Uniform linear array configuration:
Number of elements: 24
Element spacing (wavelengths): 0.75
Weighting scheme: binomial
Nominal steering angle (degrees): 15
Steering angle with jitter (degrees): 14.242
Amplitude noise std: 0.05
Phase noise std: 0.05

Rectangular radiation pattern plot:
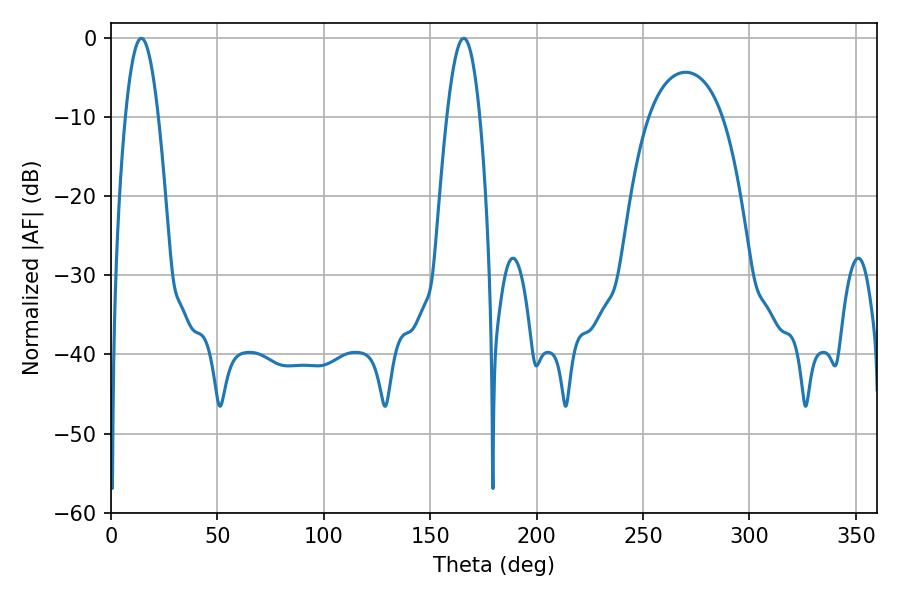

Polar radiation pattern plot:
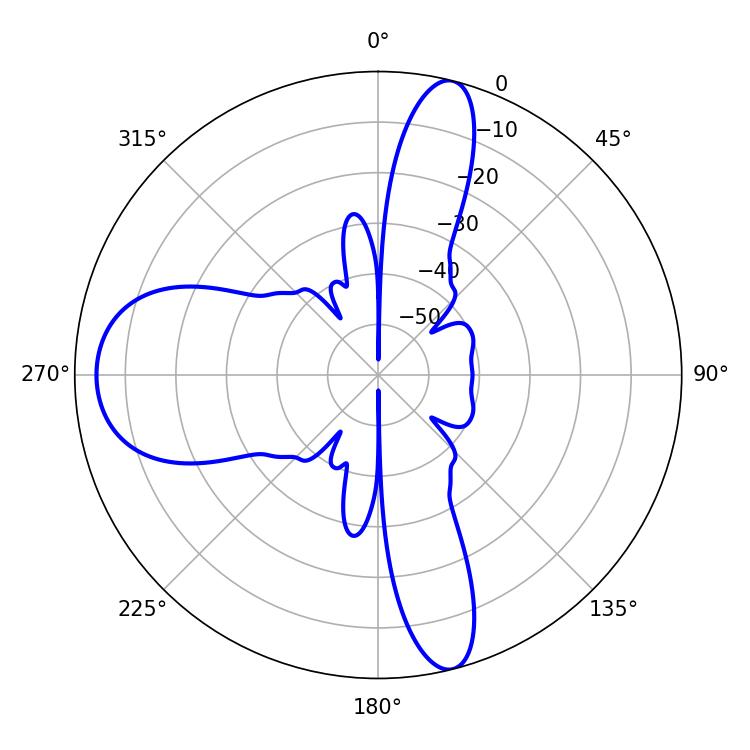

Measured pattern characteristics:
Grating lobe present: TRUE
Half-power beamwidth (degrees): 8.46
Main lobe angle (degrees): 14.22